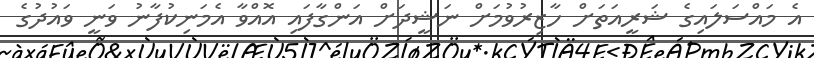
އެ މައްސަލައިގެ ޝަރީއަތަށް ހާޒިރުވުމަށް ނަޝީދަށް އަންގާފައި އޮއްވާ އެމަނިކުފާނު ވަނީ ވައުދުގެ